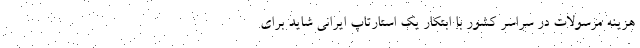
هزینه مرسولات در سراسر کشور با ابتکار یک استارتاپ ایرانی شاید برای